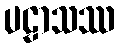
ပဠာသဿ